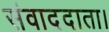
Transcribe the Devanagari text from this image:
संवाददाता।